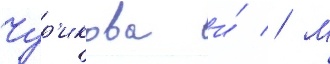
Чур'икова и́ // М